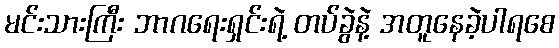
မင်းသားကြီး ဘာဂရေးရှင်းရဲ့ တပ်ခွဲနဲ့ အတူနေခဲ့ပါရစေ